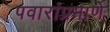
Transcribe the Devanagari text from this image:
पवारांप्रमाणे